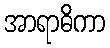
အာရာဓိကာ